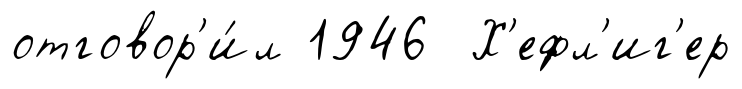
отговор'и́л 1946 Х'ефл'иг'ер